Lock hospitals Punjab
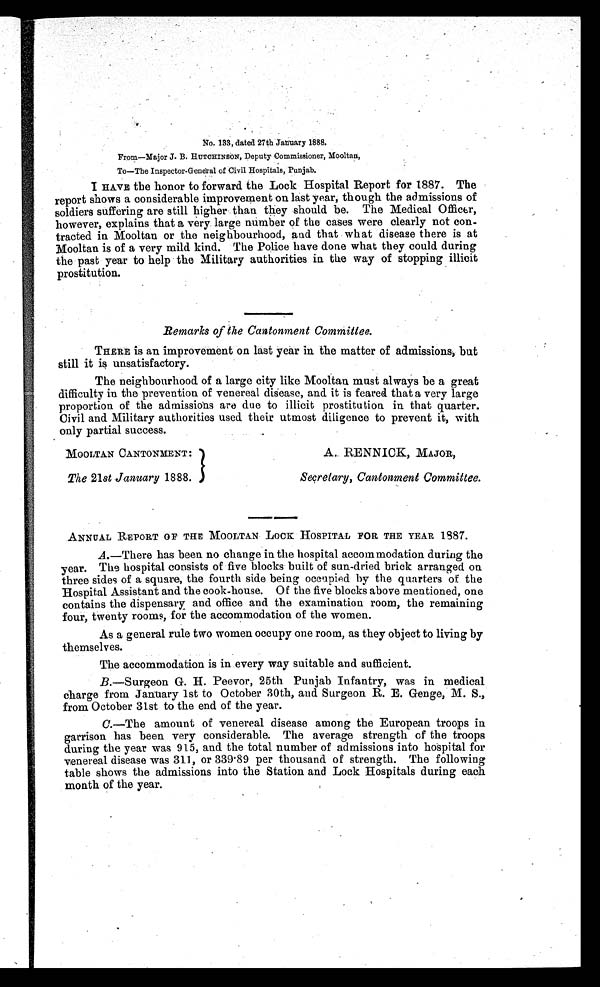
MOOLTAN CANTONMENT:
The 21st January 1888.
A. RENNICK, MAJOR,
Secretary, Cantonment Committee.
No. 133, dated 27th January 1888.
From—Major J. B. HUTCHINSON, Deputy Commissioner, Mooltan,
To—The Inspector-General of Civil Hospitals, Punjab.
I HAVE the honor to forward the Lock Hospital Report for 1887. The
report shows a considerable improvement on last year, though the admissions of
soldiers suffering are still higher than they should be. The Medical Officer,
however, explains that a very large number of the cases were clearly not con-
tracted in Mooltan or the neighbourhood, and that what disease there is at
Mooltan is of a very mild kind. The Police have clone what they could during
the past year to help the Military authorities in the way of stopping illicit
prostitution.
Remarks of the Cantonment Committee.
THERE is an improvement on last year in the matter of admissions, but
still it is unsatisfactory.
The neighbourhood of a large city like Mooltan must always be a great
difficulty in the prevention of venereal disease, and it is feared that a very large
proportion of the admissions are due to illicit prostitution in that quarter.
Civil and Military authorities used their utmost diligence to prevent it, with
only partial success.
ANNUAL REPORT OF THE MOOLTAN LOCK HOSPITAL FOR THE YEAR 1887.
A.—There has been no change in the hospital accommodation during the
year. The hospital consists of five blocks built of sun-dried brick arranged on
three sides of a square, the fourth side being occupied by the quarters of the
Hospital Assistant and the cook-house. Of the five blocks above mentioned, one
contains the dispensary and office and the examination room, the remaining
four, twenty rooms, for the accommodation of the women.
As a general rule two women occupy one room, as they object to living by
themselves.
The accommodation is in every way suitable and sufficient.
B.—Surgeon G. H. Peevor, 25th Punjab Infantry, was in medical
charge from January 1st to October 30th, and Surgeon R. E. Genge, M. S.,
from October 31st to the end of the year.
C.—The amount of venereal disease among the European troops in
garrison has been very considerable. The average strength of the troops
during the year was 915, and the total number of admissions into hospital for
venereal disease was 311, or 339.89 per thousand of strength. The following
table shows the admissions into the Station and Lock Hospitals during each
month of the year.